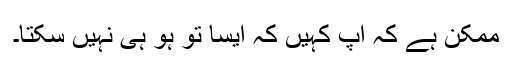
ممکن ہے کہ آپ کہیں کہ ایسا تو ہو ہی نہیں سکتا۔